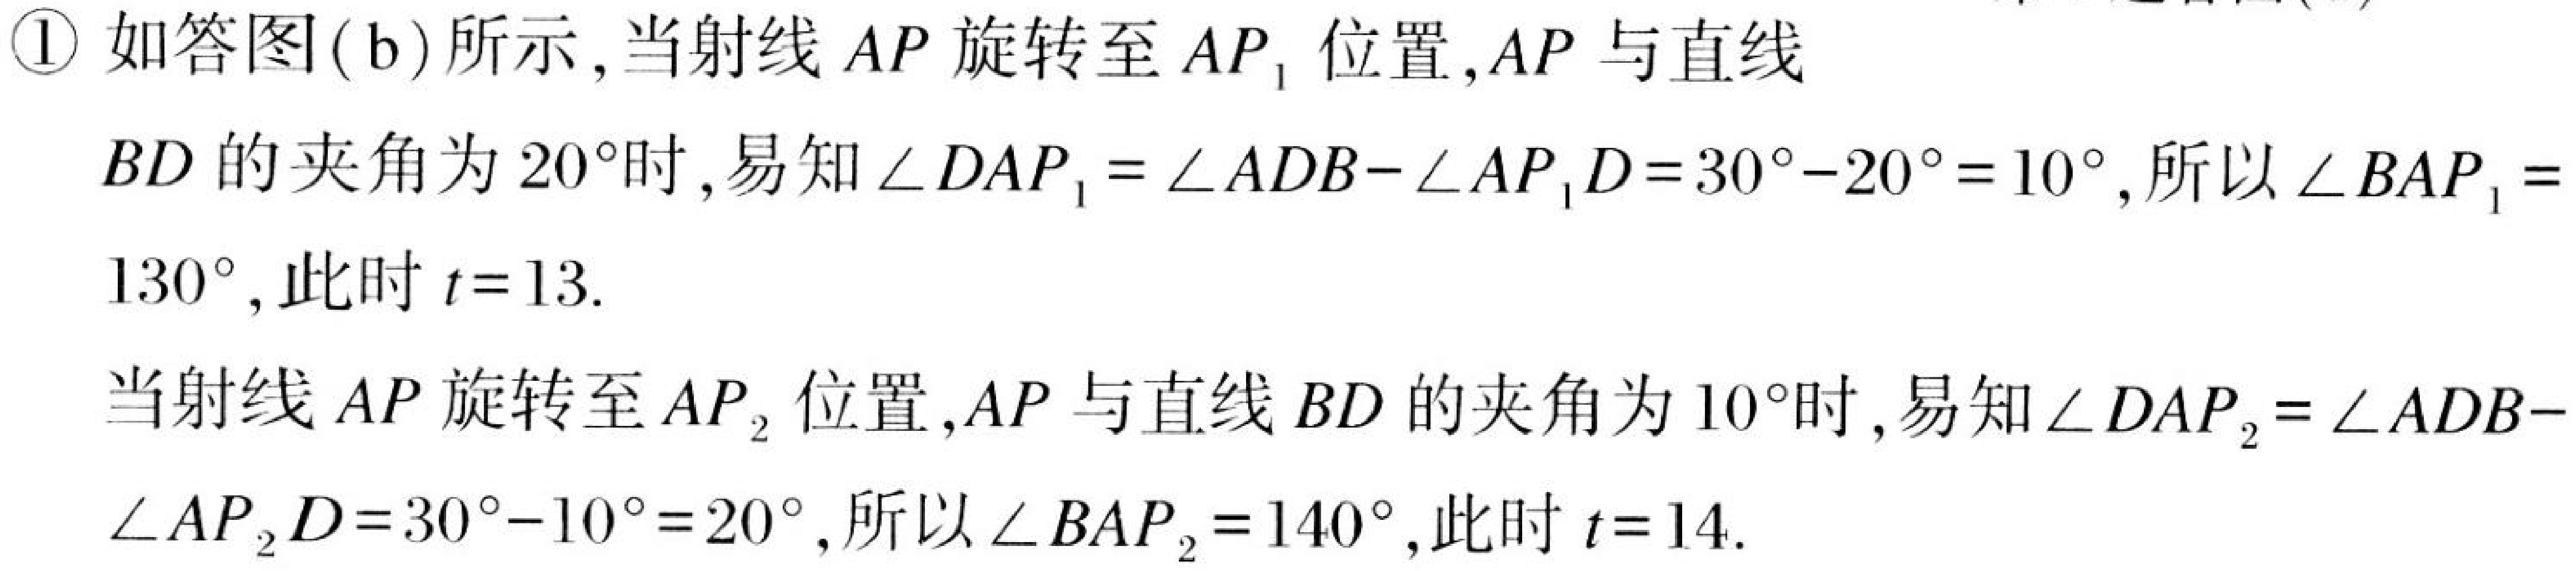
\textcircled{1} 如答图(b)所示,当射线 \(AP\) 旋转至 \(AP_{1}\) 位置,\(AP\) 与直线
\(BD\) 的夹角为 \(20^{\circ}\)时,易知\(\angle DAP_{1}=\angle ADB - \angle AP_{1}D = 30^{\circ}-20^{\circ}=10^{\circ}\),所以\(\angle BAP_{1}=
130^{\circ}\),此时 \(t = 13\).
当射线 \(AP\) 旋转至 \(AP_{2}\) 位置,\(AP\) 与直线 \(BD\) 的夹角为 \(10^{\circ}\)时,易知\(\angle DAP_{2}=\angle ADB -
\angle AP_{2}D = 30^{\circ}-10^{\circ}=20^{\circ}\),所以\(\angle BAP_{2}=140^{\circ}\),此时 \(t = 14\).